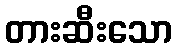
တားဆီးသော